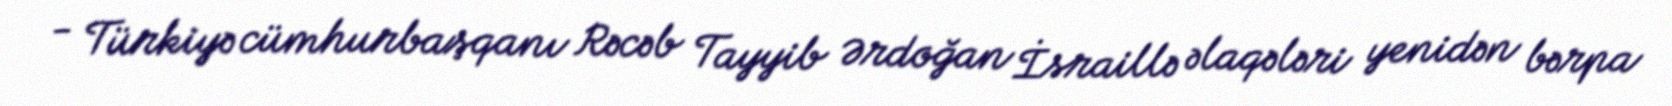
- Türkiyə cümhurbaşqanı Rəcəb Tayyib Ərdoğan İsraillə əlaqələri yenidən bərpa